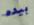
بيده